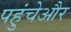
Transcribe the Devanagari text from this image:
पहुंचेऔर